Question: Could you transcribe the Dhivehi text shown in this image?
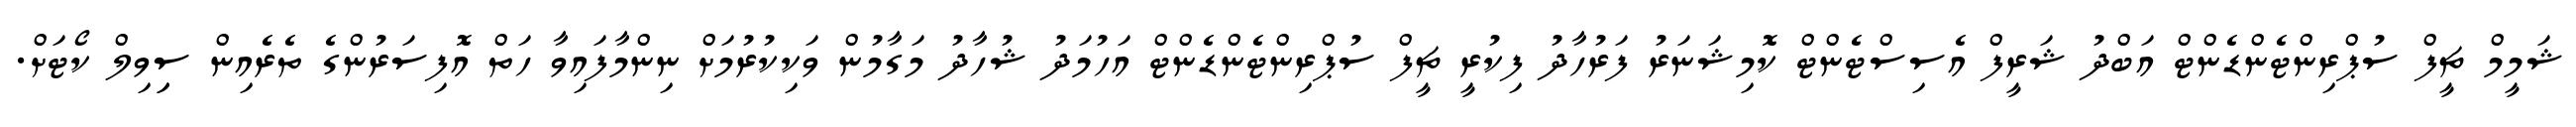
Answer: ޝަމީމް ޗީފް ސުޕްރިންޓެންޑެންޓް އަބްދު ޝަރީފް އެސިސްޓެންޓް ކޮމިޝަނަރު ފަރުހާދު ފިކުރީ ޗީފް ސުޕްރިންޓެންޑެންޓް އަހުމަދު ޝުހާދު މަގާމުން ވަކިކުރުމަށް ނިންމާފައިވާ ހަތް އޮފިސަރުންގެ ތެރެއިން ސިިވިލް ކޯޓަށް.